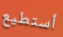
أستطيع